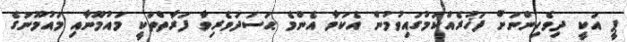
ޕީ އަކީ ދިވެހިންނަށް ފަޚުރެއްކަމުގައިވުމުން އެކަމާ އެންމެ ޙަސަދަވެރިވާ ފަރާތްތަކީ މައުމޫނާއި މައުމޫނުގެ